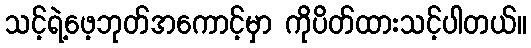
သင့်ရဲ့ဖေ့ဘုတ်အကောင့်မှာ ကိုပိတ်ထားသင့်ပါတယ်။